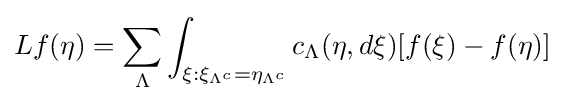
Lf(\eta )=\sum _{\Lambda }\int _{\xi :\xi _{\Lambda ^{c}}=\eta _{\Lambda ^{c}}}c_{\Lambda }(\eta ,d\xi )[f(\xi )-f(\eta )]